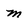
Character: m